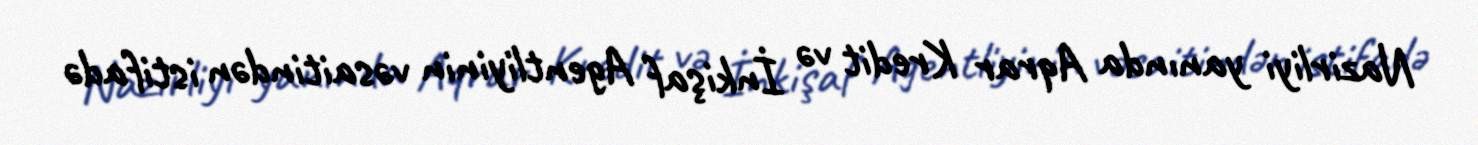
Nazirliyi yanında Aqrar Kredit və İnkişaf Agentliyinin vəsaitindən istifadə